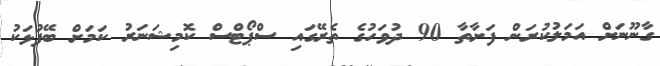
ގާނޫނަށް އަމަލުކުރަން ފަށާތާ 90 ދުވަހުގެ ތެރޭގައި ސްޕޯޓްސް ކޮމިޝަނަރު ކަމަށް ބޭފުޅަކު